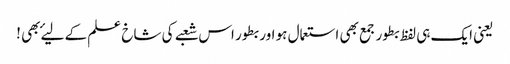
یعنی ایک ہی لفظ بطور جمع بھی استعمال ہو اور بطور اس شعبے کی شاخ علم کے لیۓ بھی !